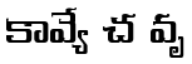
కావ్యే చ వృ